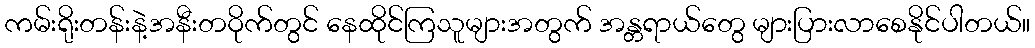
ကမ်းရိုးတန်းနဲ့အနီးတဝိုက်တွင် နေထိုင်ကြသူများအတွက် အန္တရာယ်တွေ များပြားလာစေနိုင်ပါတယ်။